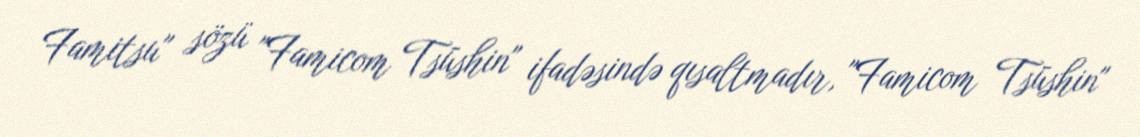
Famitsu" sözü "Famicom Tsūshin" ifadəsində qısaltmadır, "Famicom Tsūshin"